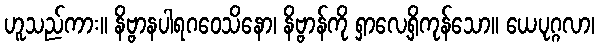
ဟူသည်ကား။ နိဗ္ဗာနပါရဂဝေသိနော၊ နိဗ္ဗာန်ကို ရှာလေ့ရှိကုန်သော။ ယေပုဂ္ဂလာ၊